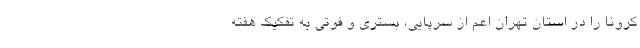
کرونا را در استان تهران اعم از سرپایی، بستری و فوتی به تفکیک هفته